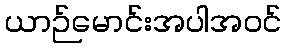
ယာဉ်မောင်းအပါအဝင်